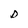
Character: D